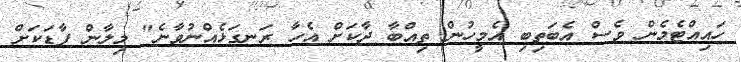
ހައިއްޓެމެން ވެސް އެބަތިބި އެމީހުން ތިއްބާ ދާކަށް އެހާ ރަނގަޅެއްނުވާނެ" މިލާން ފާޑަކަށް